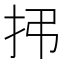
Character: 𫼛